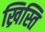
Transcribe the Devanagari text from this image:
ख्रिस्ति